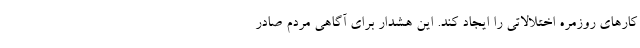
کارهای روزمره اختلالاتی را ایجاد کند. این هشدار برای آگاهی مردم صادر